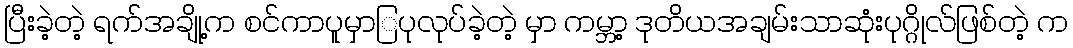
ပြီးခဲ့တဲ့ ရက်အချို့က စင်ကာပူမှာြပုလုပ်ခဲ့တဲ့ မှာ ကမ္ဘာ့ ဒုတိယအချမ်းသာဆုံးပုဂ္ဂိုလ်ဖြစ်တဲ့ က